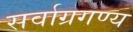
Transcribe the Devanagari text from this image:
सर्वाग्रगण्य